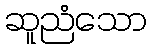
ဆူညံသော